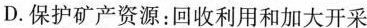
D.保护矿产资源：回收利用和加大开采